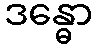
ဒန္ဓော